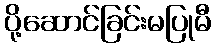
ပို့ဆောင်ခြင်းမပြုမီ